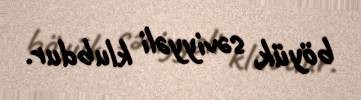
böyük, səviyyəli klubdur.